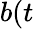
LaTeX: b(t